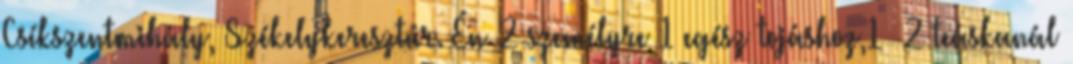
Csíkszentmihály, Székelykeresztúr. Én 2 személyre 1 egész tojáshoz,1 2 teáskanál